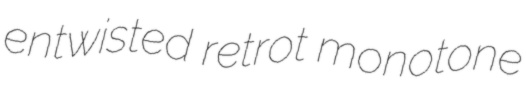
entwisted retrot monotone